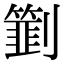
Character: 㔐